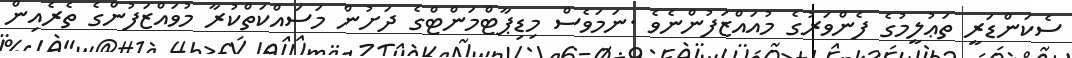
ސެކަންޑަރީ ތަޢުލީމުގެ ފެންވަރުގެ މުއައްޒަފުންނެވެ .ނަމަވެސް މިޑިޕާޓްމަންޓްގެ ދަށުން މަސައްކަތްކުރާ މުވައްޒަފުންގެ ތެރެއިން